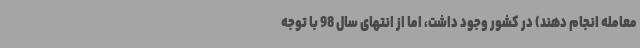
معامله انجام دهند) در کشور وجود داشت، اما از انتهای سال 98 با توجه